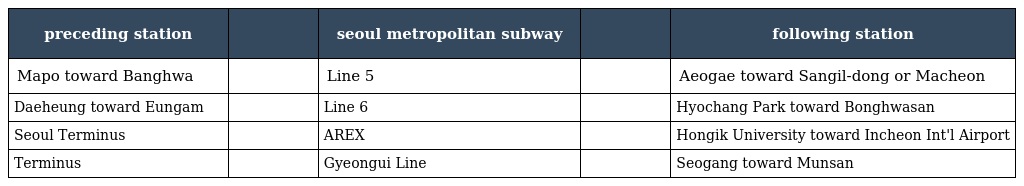
| preceding station |  | seoul metropolitan subway |  | following station |
 | --- | --- | --- | --- | --- |
 | Mapo toward Banghwa |  | Line 5 |  | Aeogae toward Sangil-dong or Macheon |
 | Daeheung toward Eungam |  | Line 6 |  | Hyochang Park toward Bonghwasan |
 | Seoul Terminus |  | AREX |  | Hongik University toward Incheon Int'l Airport |
 | Terminus |  | Gyeongui Line |  | Seogang toward Munsan |